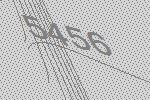
5456